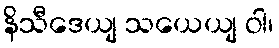
နိသီဒေယျ သယေယျ ဝါ၊